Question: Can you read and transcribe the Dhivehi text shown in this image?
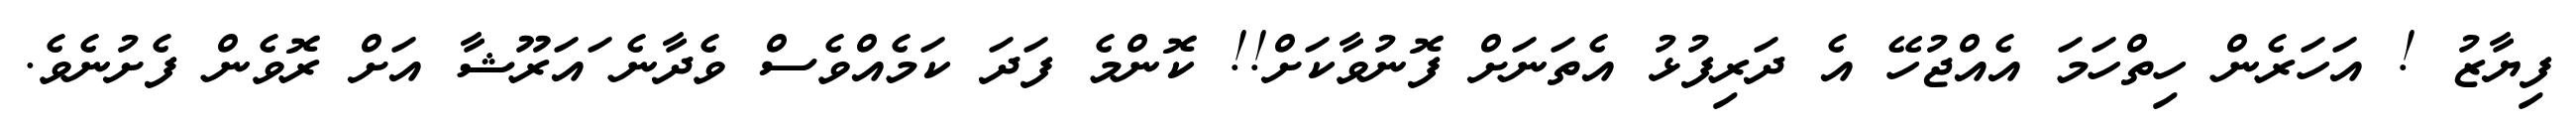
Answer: ފިޔާޒު ! އަހަރެން ހިތްހަމަ އެއްޖުހޭ އެ ދަރިފުޅު އެތަނަށް ފޮނުވާކަށް!! ކޮންމެ ފަދަ ކަމެއްވެސް ވެދާނެ ައަރޫޝާ އަށް ރޮވެން ފެށުނެވެ.